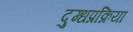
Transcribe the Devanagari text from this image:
दुग्धप्रक्रिया